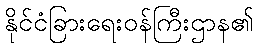
နိုင်ငံခြားရေးဝန်ကြီးဌာန၏